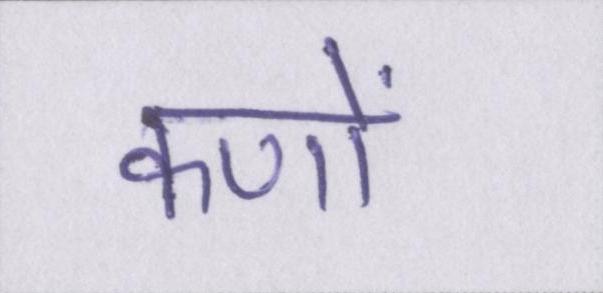
कणों